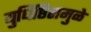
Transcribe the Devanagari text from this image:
युधिष्ठिरामुळे